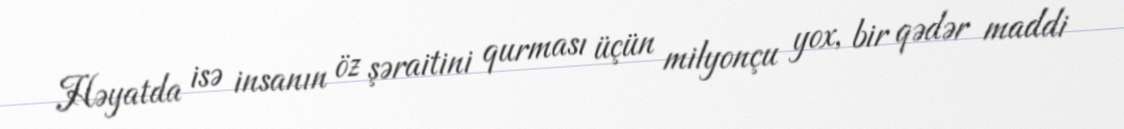
Həyatda isə insanın öz şəraitini qurması üçün milyonçu yox, bir qədər maddi